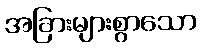
အခြားများစွာသော